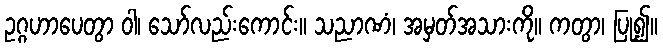
ဥဂ္ဂဟာပေတွာ ဝါ၊ သော်လည်းကောင်း။ သညာဏံ၊ အမှတ်အသားကို။ ကတွာ၊ ပြု၍။